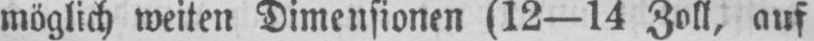
möglich weiten Dimensionen (12-14 Zoll, auf